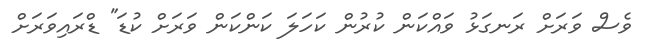
ވެސް ވަރަށް ރަނގަޅު ވައްކަން ކުރުން ކަހަލަ ކަންކަން ވަރަށް ކުޑަ" ޑްރައިވަރަށް